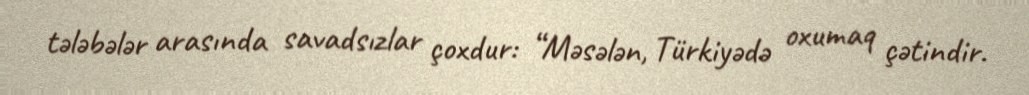
tələbələr arasında savadsızlar çoxdur: “Məsələn, Türkiyədə oxumaq çətindir.